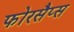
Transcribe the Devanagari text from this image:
फोरसैप्स